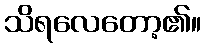
သိရလေတော့၏။